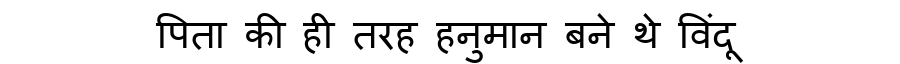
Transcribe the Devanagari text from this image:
पिता की ही तरह हनुमान बने थे विंदू